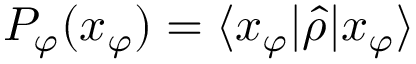
P _ { \varphi } ( x _ { \varphi } ) = \langle { x _ { \varphi } } | { \hat { \rho } } | { x _ { \varphi } } \rangle